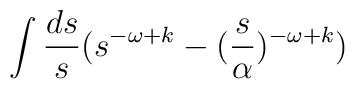
\int {ds \over s}(s^{-\omega+k}-({s \over \alpha})^{-\omega+k})